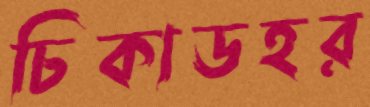
চিকাডহর